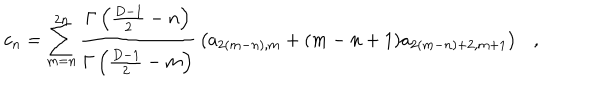
LaTeX: c _ { n } = \sum _ { m = n } ^ { 2 n } { \frac { \Gamma \left( { \frac { D - 1 } { 2 } } - n \right) } { \Gamma \left( { \frac { D - 1 } { 2 } } - m \right) } } \left( a _ { 2 ( m - n ) , m } + ( m - n + 1 ) a _ { 2 ( m - n ) + 2 , m + 1 } \right) ,